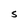
Character: S